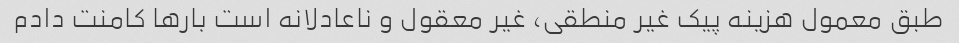
طبق معمول هزینه پیک غیر منطقی، غیر معقول و ناعادلانه است بارها کامنت دادم